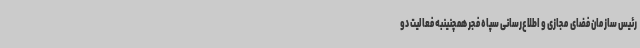
رئیس سازمان فضای مجازی و اطلاع‌رسانی سپاه فجر همچنینبه فعالیت دو